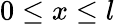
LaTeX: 0\le x\le l